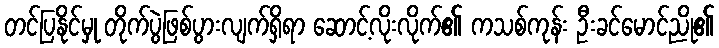
တင်ပြနိုင်မှု တိုက်ပွဲဖြစ်ပွားလျက်ရှိရာ ဆောင့်လိုးလိုက်၏ ကသစ်ကုန်း ဦးခင်မောင်ညို၏